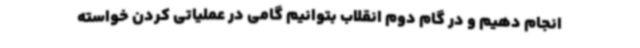
انجام دهیم و در گام دوم انقلاب بتوانیم گامی در عملیاتی کردن خواسته